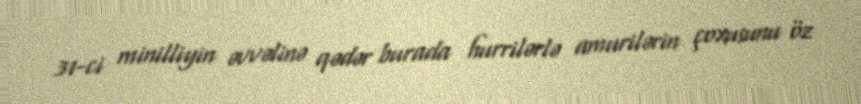
31-ci minilliyin əvvəlinə qədər burada hurrilərlə amurilərin çoxusunu öz